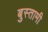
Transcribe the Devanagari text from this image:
बुस्तामी